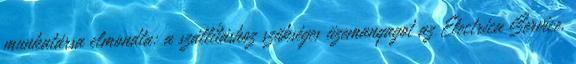
munkatársa elmondta: a szállításhoz szükséges üzemanyagot az Electrica Service,